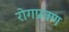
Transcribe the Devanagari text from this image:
रोगप्रवण